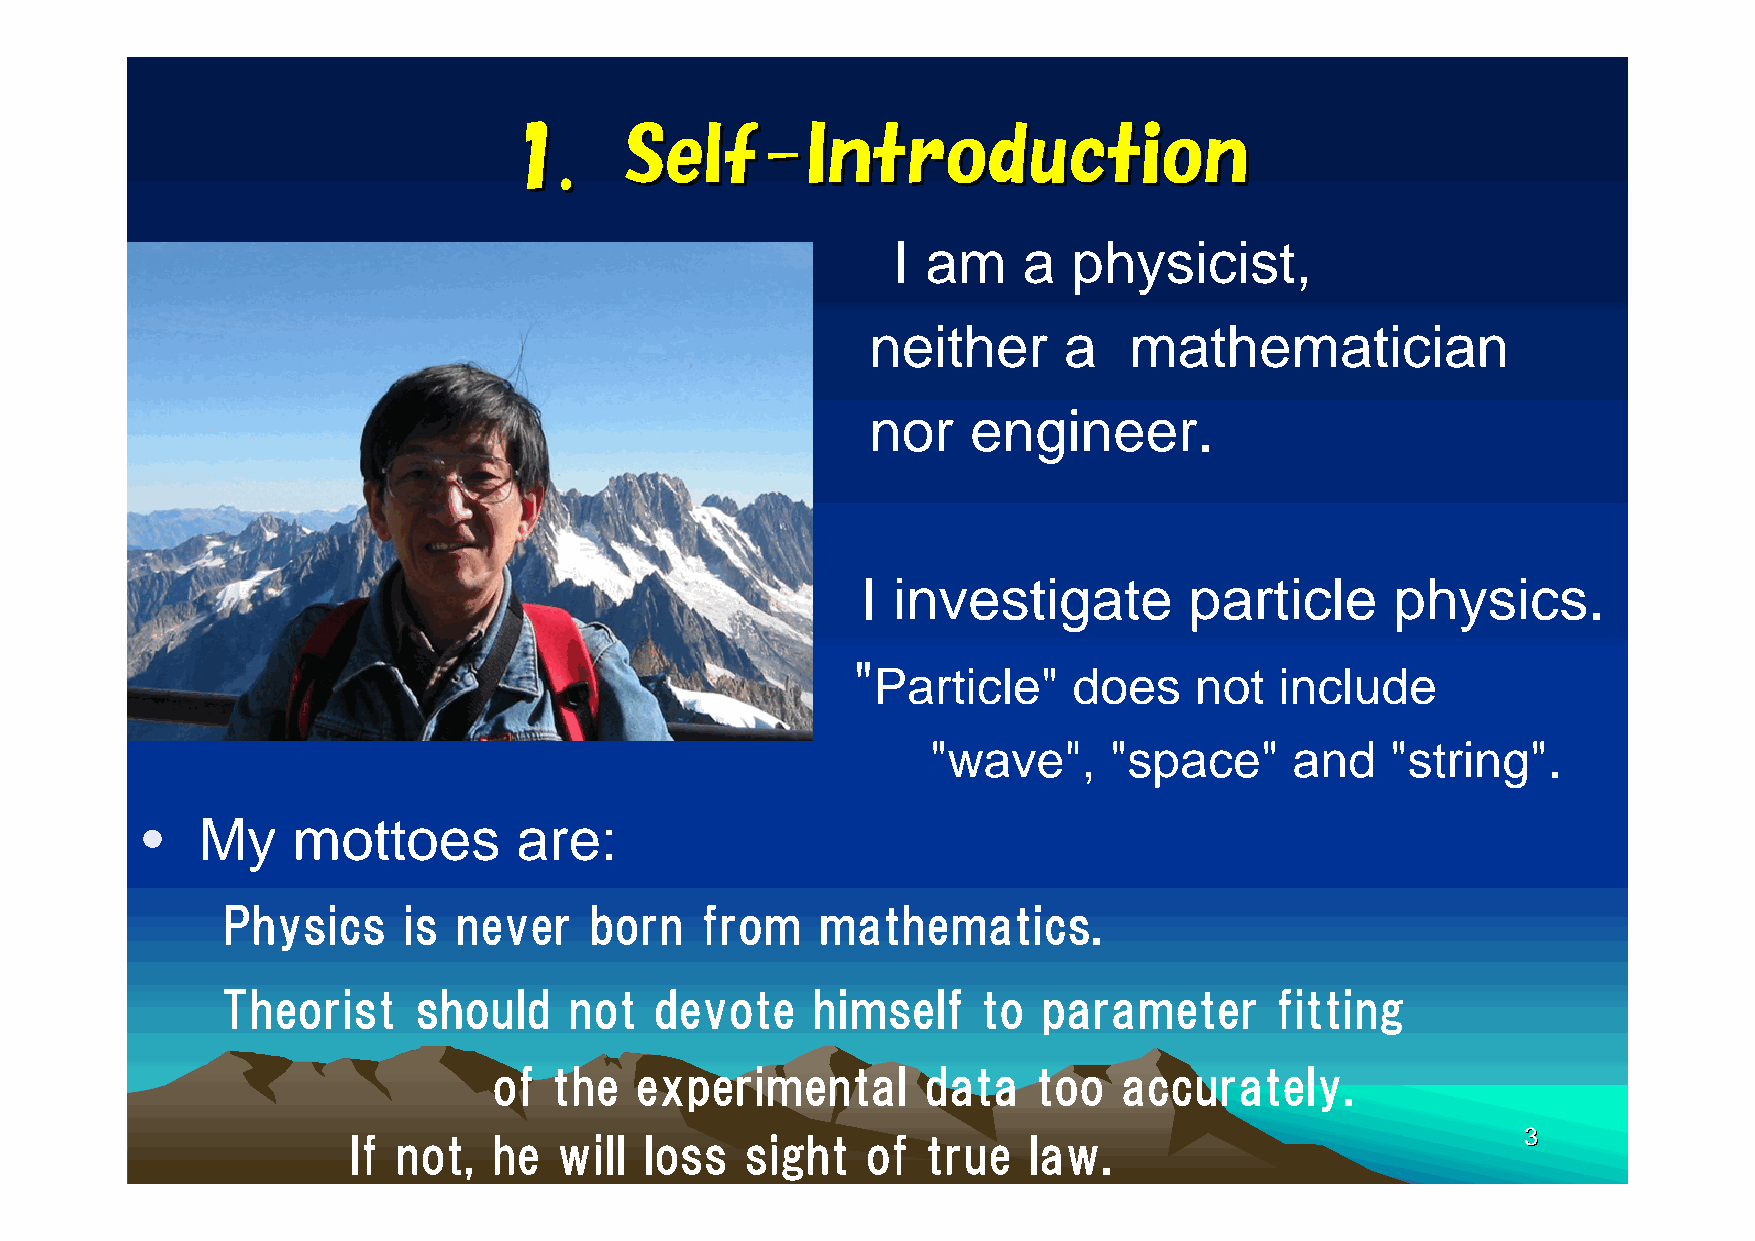
11..   SSeellff--IInnttrroodduuccttiioonn
 •                                                 I am     a  physicist,
 neither     a    mathematician
 nor   engineer.
 •                                               I investigate         particle     physics.
 "
 Particle"    does    not   include
 "wave",    "space"      and   "string".
 •   My    mottoes        are:
 Physics     is never    born   from    mathematics.
 Theorist    should     not  devote     himself    to  parameter      fitting
 of  the  experimental       data    too  accurately.
 If not,   he  will  loss  sight   of  true   law.                             33